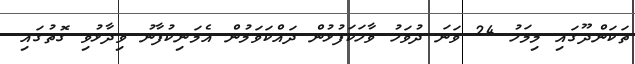
ތަކަންދޫގައި މިމަހު 24 ވަނަ ދުވަހު ވާހަކަފުޅުން ދައްކަވަމުން އެމަނިކުފާނު ވިދާޅުވި ގޮތުގައި